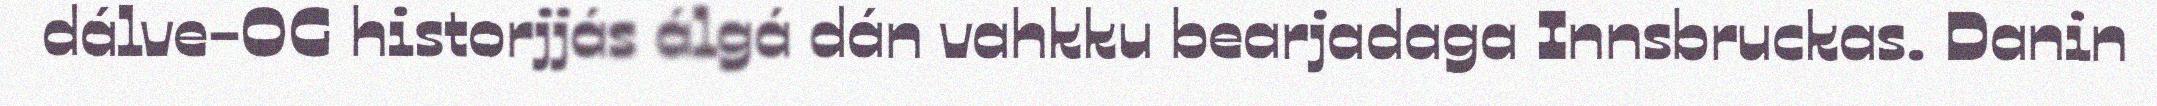
dálve-OG historjjás álgá dán vahkku bearjadaga Innsbruckas. Danin